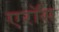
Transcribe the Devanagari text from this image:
एरॉस